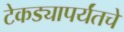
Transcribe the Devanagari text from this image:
टेकड्यापर्यंतचे